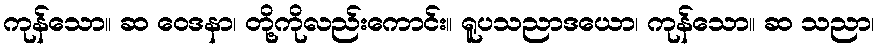
ကုန်သော။ ဆ ဝေဒနာ၊ တို့ကိုလည်းကောင်း။ ရူပသညာဒယော၊ ကုန်သော။ ဆ သညာ၊